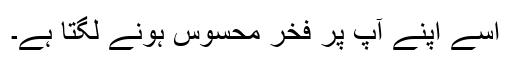
اسے اپنے آپ پر فخر محسوس ہونے لگتا ہے۔